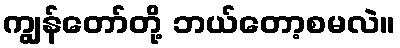
ကျွန်တော်တို့ ဘယ်တော့စမလဲ။